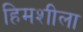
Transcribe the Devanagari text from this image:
हिमशीला